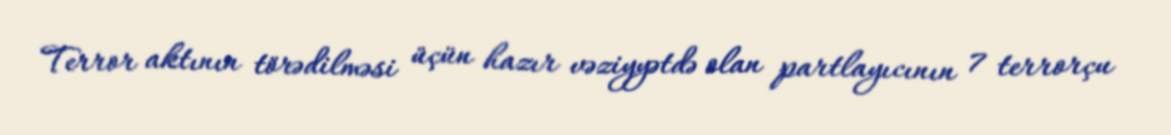
Terror aktının törədilməsi üçün hazır vəziyyətdə olan partlayıcının 7 terrorçu